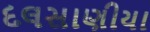
દલસાણીયા